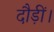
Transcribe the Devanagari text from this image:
दौड़ीं।